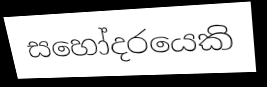
සහෝදරයෙකි